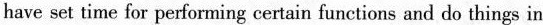
have set time for performing certain functions and do things in